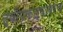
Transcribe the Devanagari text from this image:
द्वीपकल्पावरच